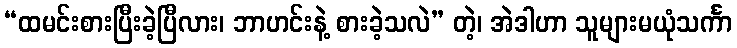
“ထမင်းစားပြီးခဲ့ပြီလား၊ ဘာဟင်းနဲ့ စားခဲ့သလဲ” တဲ့၊ အဲဒါဟာ သူများမယုံသင်္ကာ